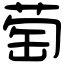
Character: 萄